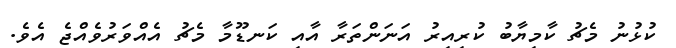
ކުޅުނު މެޗު ކާމިޔާބު ކުރިއިރު އަނަންތަރާ އާއި ކަނޑޫމާ މެޗު އެއްވަރުވެއްޖެ އެވެ.